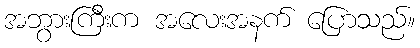
အဘွားကြီးက အလေးအနက် ပြောသည်။